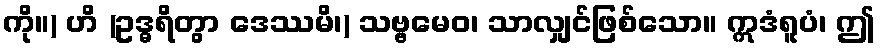
ကို။) ဟိ (ဥဒ္ဓရိတွာ ဒေဿမိ၊) သဗ္ဗမေဝ၊ သာလျှင်ဖြစ်သော။ ဣဒံရူပံ၊ ဤ